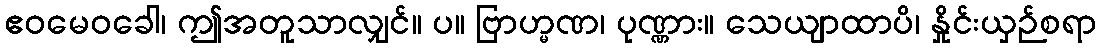
ဧဝမေဝခေါ၊ ဤအတူသာလျှင်။ ပ။ ဗြာဟ္မဏ၊ ပုဏ္ဏား။ သေယျာထာပိ၊ နှိုင်းယှဉ်စရာ